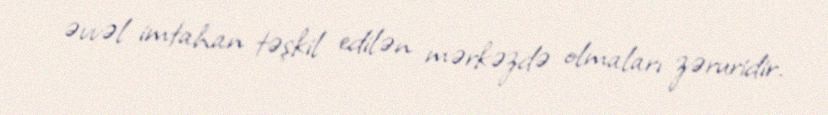
əvvəl imtahan təşkil edilən mərkəzdə olmaları zəruridir.